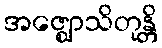
အဇ္ဈောသိတုန္တိ